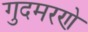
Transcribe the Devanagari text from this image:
गुदमरणे